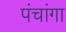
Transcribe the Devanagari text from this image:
पंचांगा